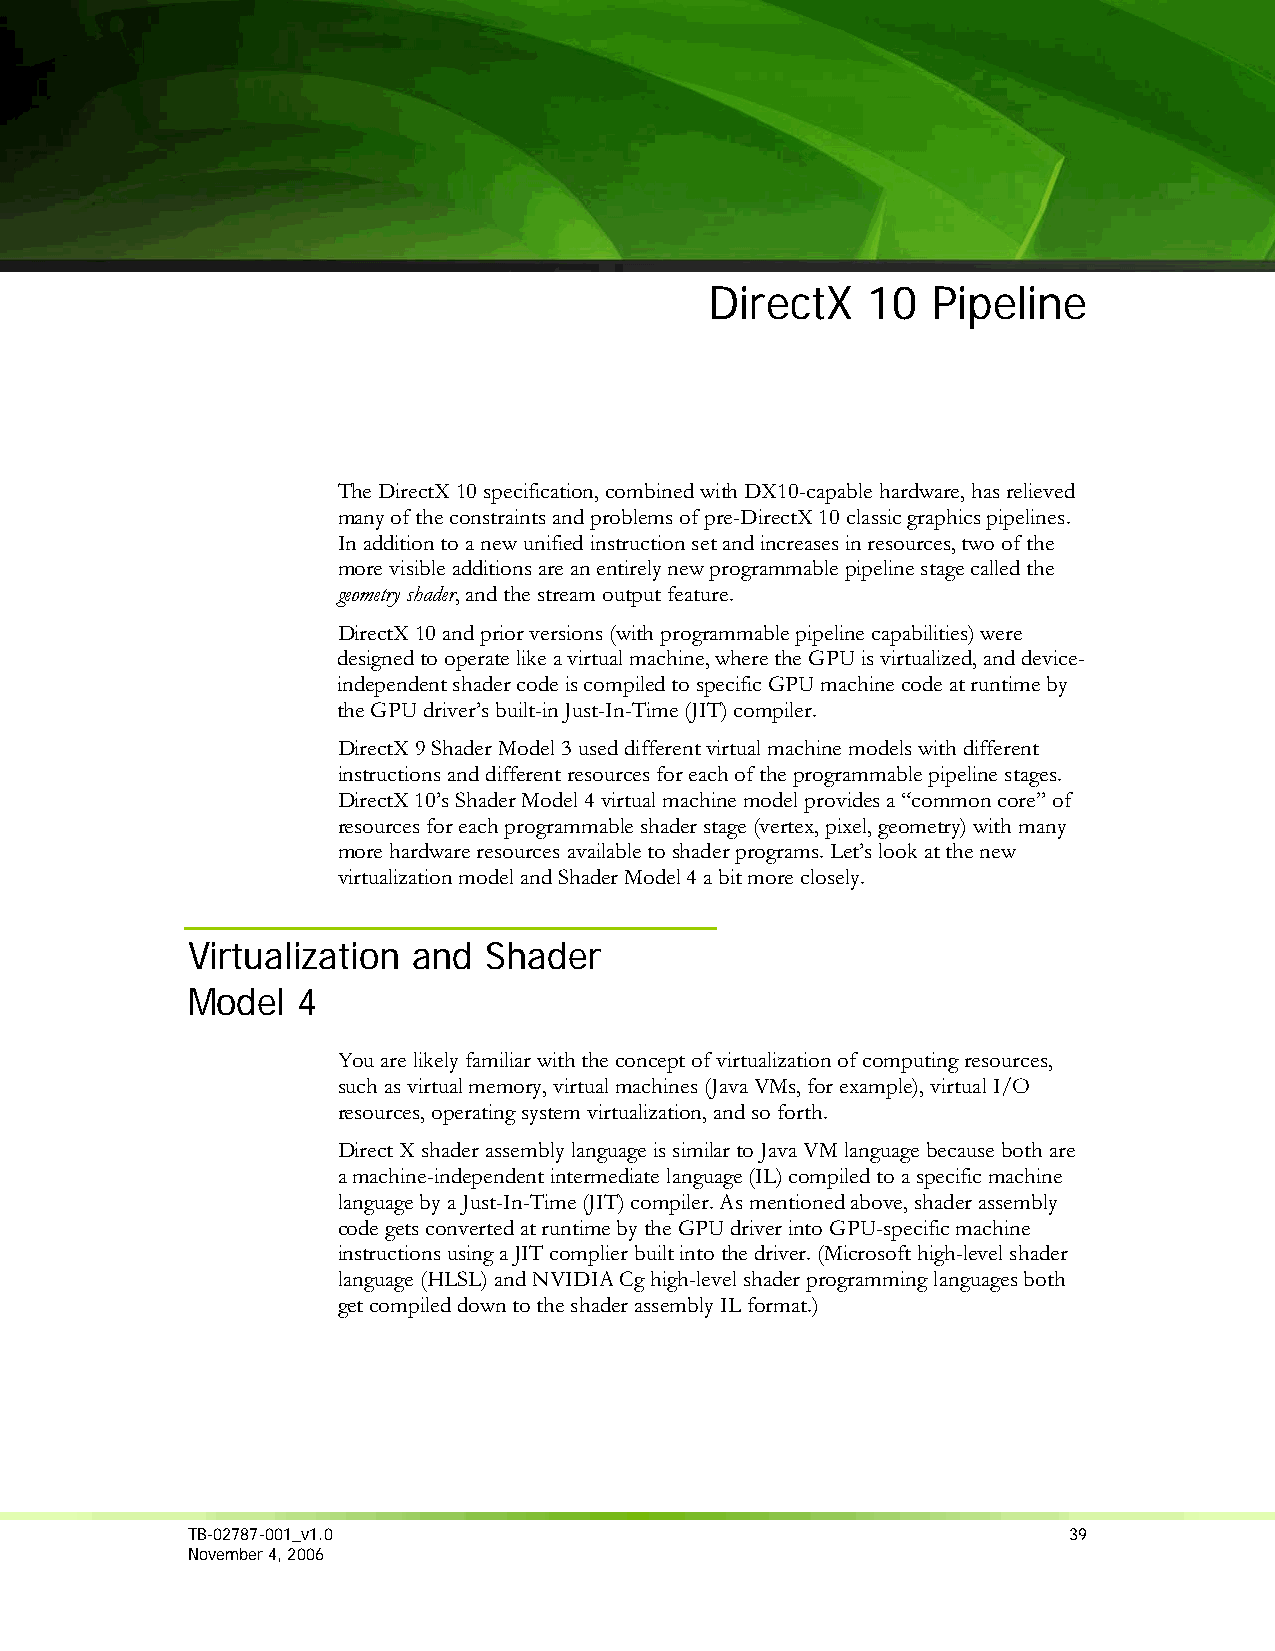
DirectX   10   Pipeline
 The DirectX 10 specification, combined with DX10-capable hardware, has relieved
 many of the constraints and problems of pre-DirectX 10 classic graphics pipelines.
 In addition to a new unified instruction set and increases in resources, two of the
 more visible additions are an entirely new programmable pipeline stage called the
 geometry shader, and the stream output feature.
 DirectX 10 and prior versions (with programmable pipeline capabilities) were
 designed to operate like a virtual machine, where the GPU is virtualized, and device-
 independent shader code is compiled to specific GPU machine code at runtime by
 the GPU driver’s built-in Just-In-Time (JIT) compiler.
 DirectX 9 Shader Model 3 used different virtual machine models with different
 instructions and different resources for each of the programmable pipeline stages.
 DirectX 10’s Shader Model 4 virtual machine model provides a “common core” of
 resources for each programmable shader stage (vertex, pixel, geometry) with many
 more hardware resources available to shader programs. Let’s look at the new
 virtualization model and Shader Model 4 a bit more closely.
 Virtualization and  Shader
 Model   4
 You are likely familiar with the concept of virtualization of computing resources,
 such as virtual memory, virtual machines (Java VMs, for example), virtual I/O
 resources, operating system virtualization, and so forth.
 Direct X shader assembly language is similar to Java VM language because both are
 a machine-independent intermediate language (IL) compiled to a specific machine
 language by a Just-In-Time (JIT) compiler. As mentioned above, shader assembly
 code gets converted at runtime by the GPU driver into GPU-specific machine
 instructions using a JIT complier built into the driver. (Microsoft high-level shader
 language (HLSL) and NVIDIA Cg high-level shader programming languages both
 get compiled down to the shader assembly IL format.)
 TB-02787-001_v1.0                                          39
 November 4, 2006